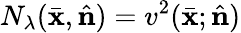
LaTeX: N_{\lambda}(\bar{\mathbf x},\hat{\mathbf n})=v^{2}(\bar{\mathbf x};\hat{\mathbf n})